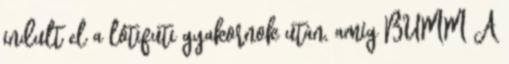
indult el a lótifuti gyakornok után, amíg BUMM A